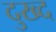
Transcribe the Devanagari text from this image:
दुख्द